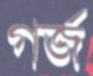
গর্জ